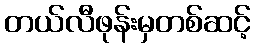
တယ်လီဖုန်းမှတစ်ဆင့်